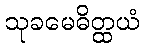
သုခမေဓိတ္ထယံ